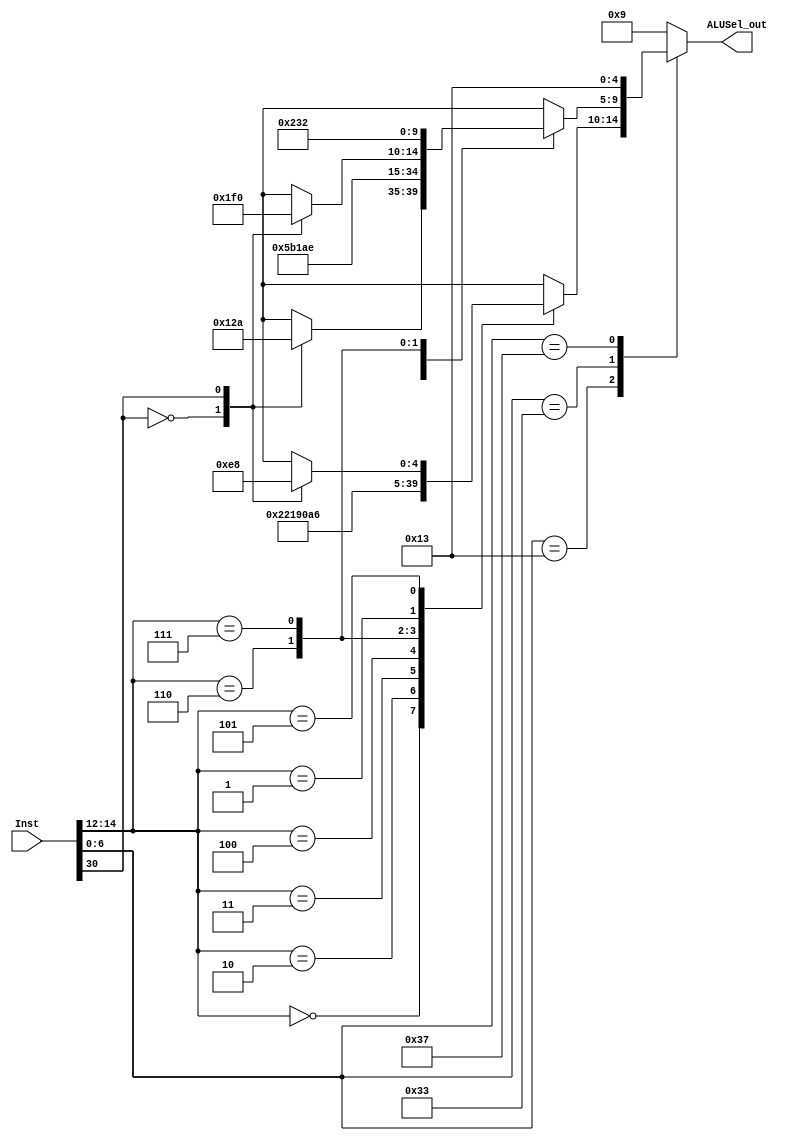
`timescale 1ns / 1ps
//////////////////////////////////////////////////////////////////////////////////
// Company: 
// Engineer: 
// 
// Design Name: 
// Module Name: ALU_decoder
// Project Name: 
// Target Devices: 
// Tool Versions: 
// Description: 
// 
// Dependencies: 
// 
// Revision:
// Revision 0.01 - File Created
// Additional Comments:
// 
//////////////////////////////////////////////////////////////////////////////////


module ALU_decoder(Inst,ALUSel_out);
input [31:0]Inst;
output [4:0] ALUSel_out;

reg [4:0] ALUSel;
always@(Inst) begin
//case({Inst[14:12],Inst[5:0]})
//010011
//    3'b000: ALUSel = 5'd0 ;              // ADDI
//    3'b010: ALUSel = 5'd1 ;              // SLTI
//    3'b011: ALUSel = 5'd2 ;              // SLTIU
//    3'b100: ALUSel = 5'd3 ;              // XORI
//    3'b110: ALUSel = 5'd4 ;              // ORI
//    3'b111: ALUSel = 5'd5 ;              // ANDI
//    3'b001: ALUSel = 5'd6 ;              // SLLI
    
//    9'b101010011: begin
//        case(Inst[30]) 
//        1'b0:     ALUSel = 5'd7 ;              // SRLI
//        1'b1:     ALUSel = 5'd8 ;              // SRAI
//        endcase
//    end
    
//    9'b000110011: begin
//        case(Inst[30])
//        1'b0:     ALUSel = 5'd9 ;              // ADD
//        1'b1:     ALUSel = 5'd10 ;             // SUB
//        endcase
//    end
//    9'b001110011: ALUSel = 5'd11 ;              // SLL
//    9'b010110011: ALUSel = 5'd12 ;              // SLT
//    9'b011110011: ALUSel = 5'd13 ;              // SLTU
//    9'b100110011: ALUSel = 5'd14 ;              // XOR
   
//    9'b101110011:  begin
//        case(Inst[30])
//        1'b0:     ALUSel = 5'd15;               // SRL
//        1'b1:     ALUSel = 5'd16;               // SRA
//        endcase   
//    end
    
//    9'b110110011: ALUSel = 5'd17 ;              // OR
//    9'b111110011: ALUSel = 5'd18 ;              // AND
//endcase
    case(Inst[6:0]) 
        // I_Type
        7'b0010011  : begin
            case(Inst[14:12])
                3'b000: ALUSel = 5'd0 ;              // ADDI
                3'b010: ALUSel = 5'd1 ;              // SLTI
                3'b011: ALUSel = 5'd2 ;              // SLTIU
                3'b100: ALUSel = 5'd3 ;              // XORI
                3'b110: ALUSel = 5'd4 ;              // ORI
                3'b111: ALUSel = 5'd5 ;              // ANDI
                3'b001: ALUSel = 5'd6 ;              // SLLI
                3'b101: begin
                    case(Inst[30]) 
                        1'b0:     ALUSel = 5'd7 ;              // SRLI
                        1'b1:     ALUSel = 5'd8 ;              // SRAI
                    endcase
                end    
            endcase
        end
        // R_Type
        7'b0110011: begin
            case(Inst[14:12])
                3'b000: begin
                    case(Inst[30])
                        1'b0:     ALUSel = 5'd9 ;              // ADD
                        1'b1:     ALUSel = 5'd10 ;             // SUB
                    endcase
                end
                3'b001: ALUSel = 5'd11 ;                        // SLL
                3'b010: ALUSel = 5'd12 ;                        // SLT
                3'b011: ALUSel = 5'd13 ;                        // SLTU
                3'b100: ALUSel = 5'd14 ;                        // XOR     
                3'b101:  begin
                    case(Inst[30])
                        1'b0:     ALUSel = 5'd15;               // SRL
                        1'b1:     ALUSel = 5'd16;               // SRA
                    endcase   
                end
    
                3'b110: ALUSel = 5'd17 ;                        // OR
                3'b111: ALUSel = 5'd18 ;                        // AND           
            endcase
        end
        7'b0110111:     ALUSel = 5'd19;                         // LUI
        default:        ALUSel = 5'd9;                          // ELSE                         
    endcase
end

assign ALUSel_out = ALUSel;
endmodule